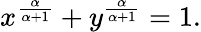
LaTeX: x^{\frac{\alpha}{\alpha+1}}+y^{\frac{\alpha}{\alpha+1}}=1.